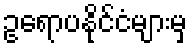
ဥရောပနိုင်ငံများမှ